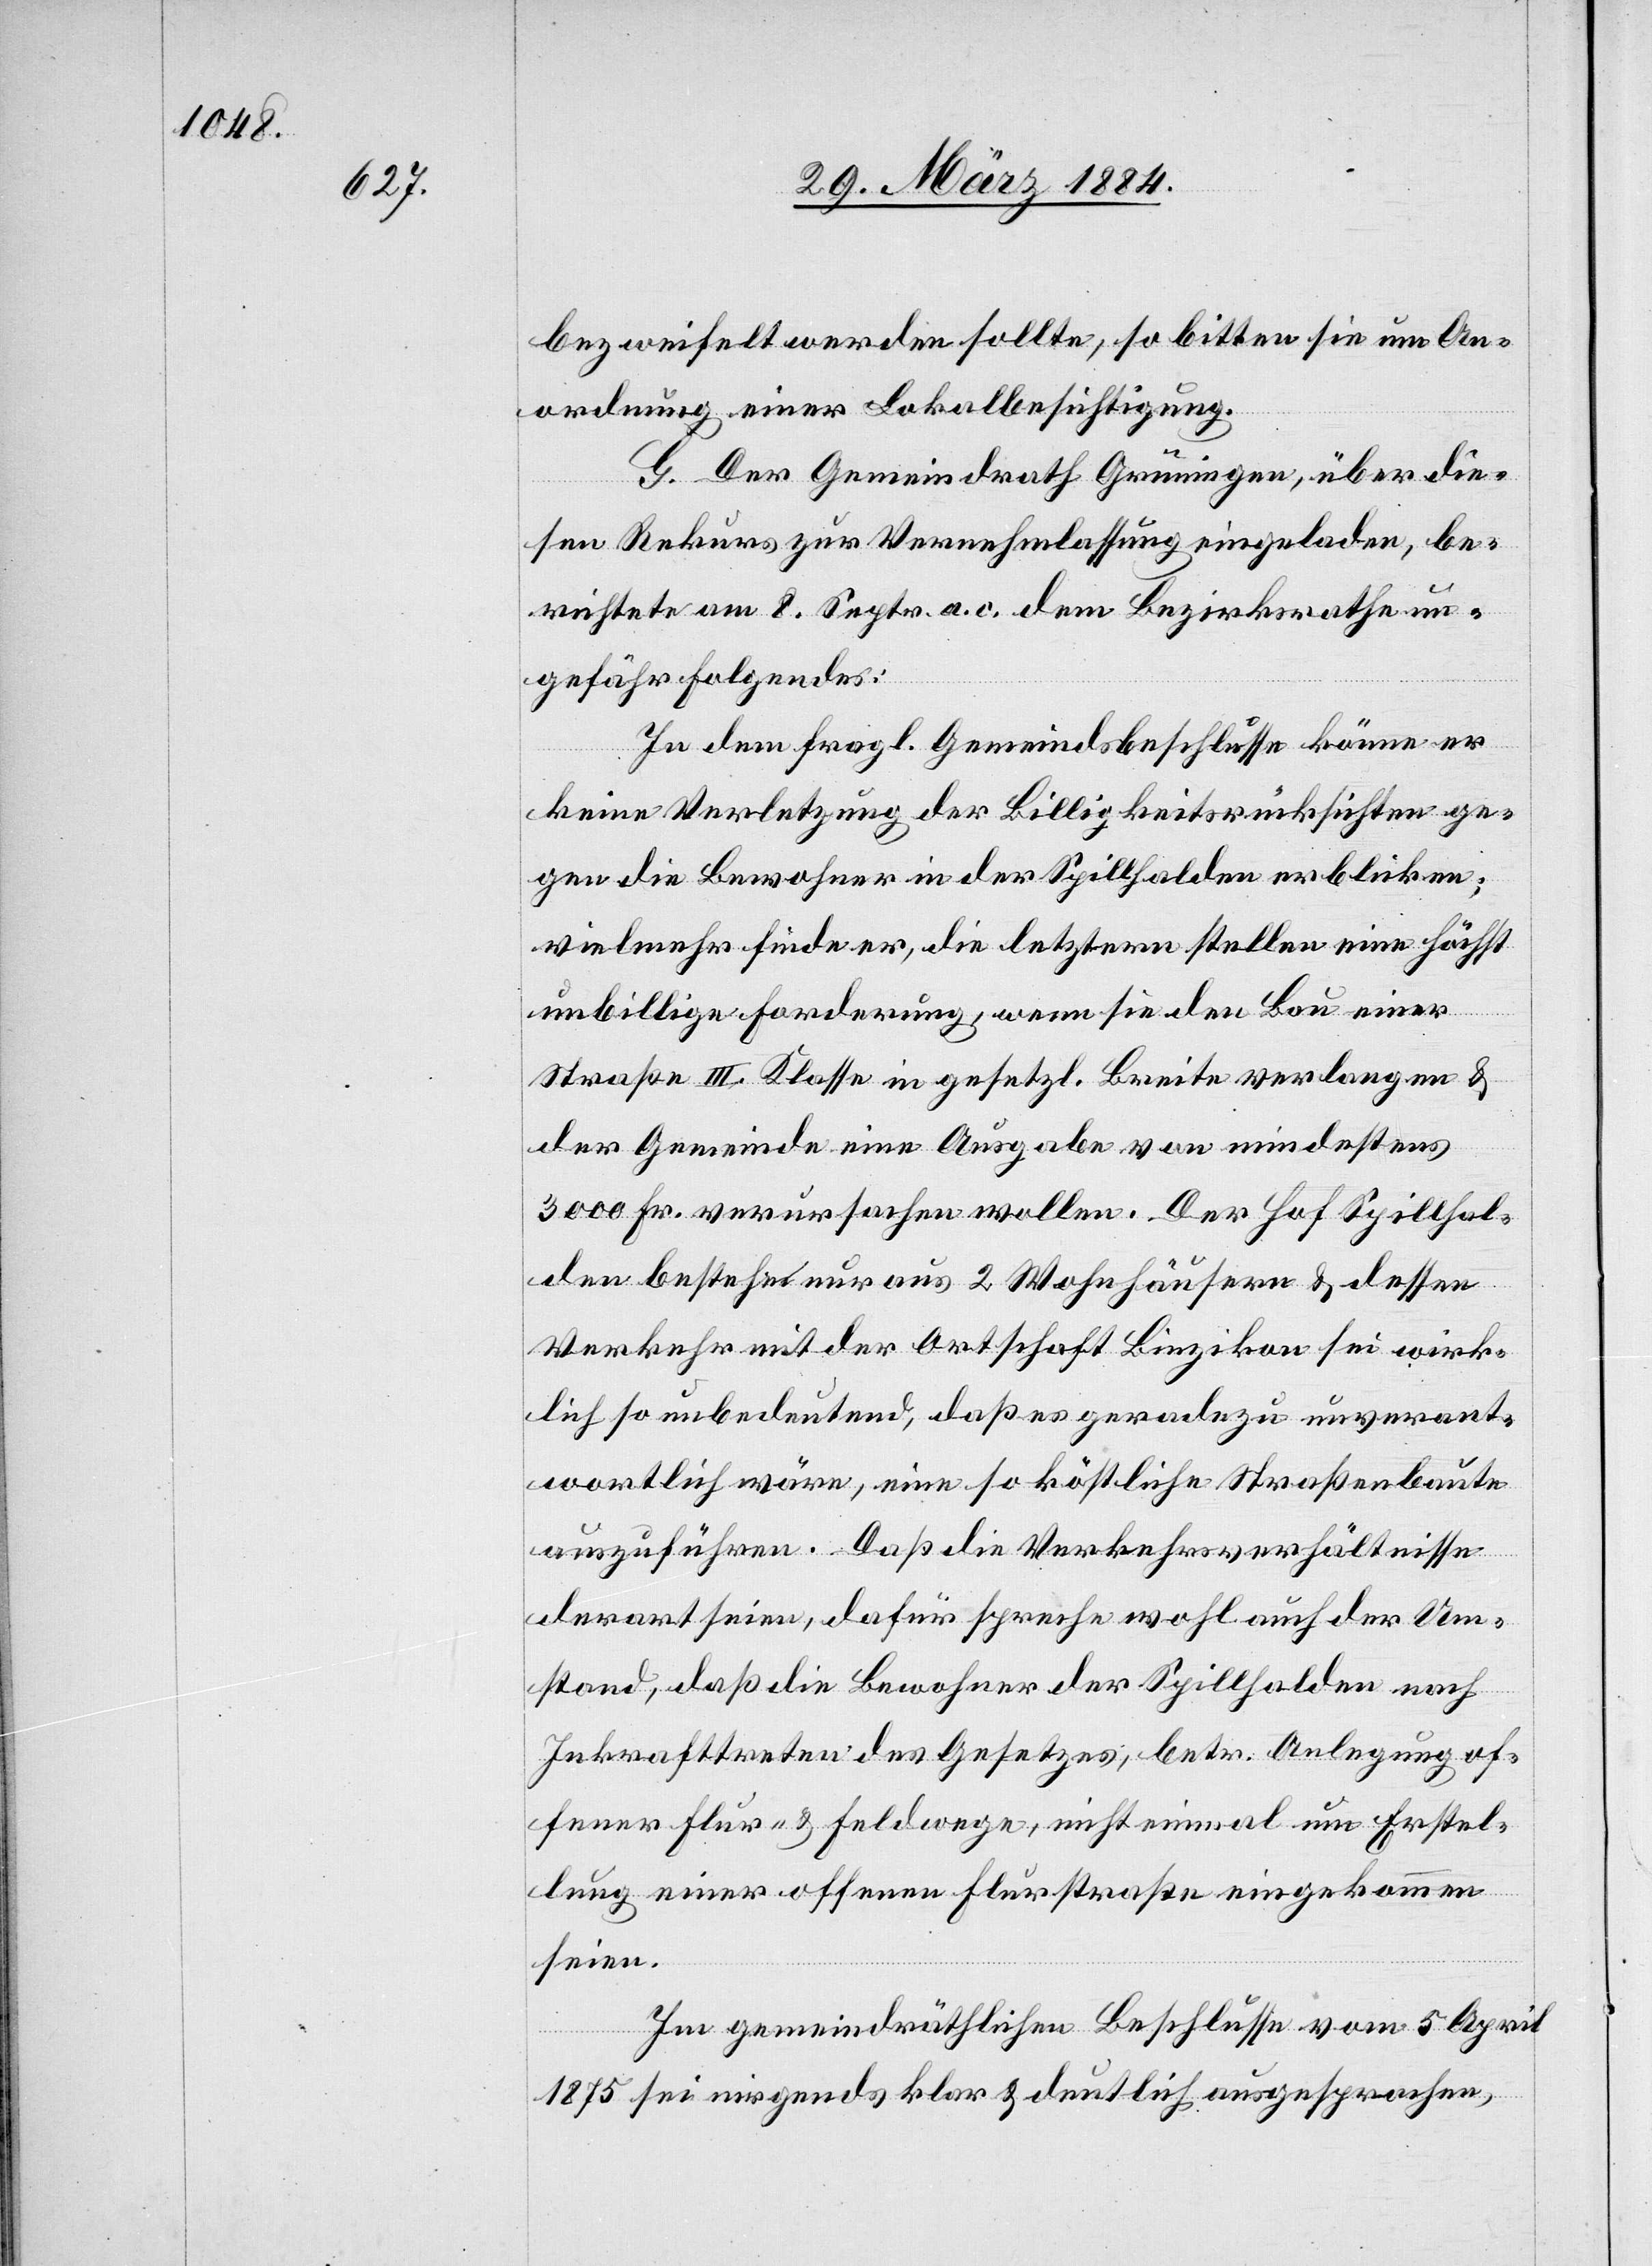
bezweifelt werden sollte, so bitte sie um An¬
ordnung einer Lokalbesichtigung.
G. Der Gemeindrath Grüningen, über die¬
sen Rekurs zur Vernehmlassung eingeladen, be¬
richtete am 8. Septbr. a. c. dem Bezirksrathe un¬
gefähr Folgendes:
In dem fragl. Gemeindsbeschlusse könne er
keine Verletzung der Billigkeitsrücksichten ge¬
gen die Bewohner in der Spillhalden erblicken;
vielmehr finde er die letztern stellen eine höchst
unbillige Forderung, wenn sie den Bau einer
Straße III. Klasse in gesetzl. Breite verlangen &
der Gemeinde eine Ausgabe von mindestens
3000 Fr. verursachen wollen. Der Hof Spillhal¬
den bestehe nur aus 2 Wohnhäusern & dessen
Verkehr mit der Ortschaft Binzikon sei wirk¬
lich so unbedeutend, daß es geradezu unverant¬
wortlich wäre, eine so köstliche Straßenbaute
auszuführen. Daß die Verkehrsverhältnisse
derart seien, dafür spreche wohl auch der Um¬
stand, daß die Bewohner der Spillhalden nach
Inkrafttreten des Gesetzes, betr. Anlegung of¬
fener Flur- & Feldwege, nicht einmal um Erstel¬
lung einer offenen Flurstraße eingekommen
seien.
Im gemeindräthlichen Beschlusse vom 5. April
1875 sei nirgends klar & deutlich ausgesprochen,